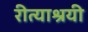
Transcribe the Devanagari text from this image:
रीत्याश्रयी